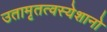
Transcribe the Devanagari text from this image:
उतामृतत्वस्येशानो